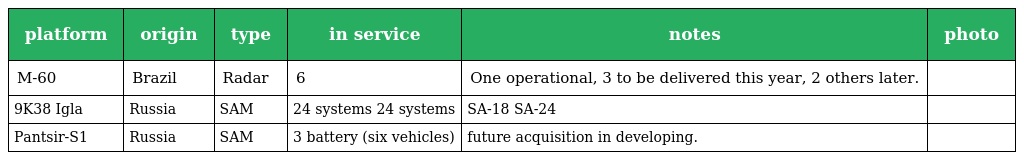
| platform | origin | type | in service | notes | photo |
 | --- | --- | --- | --- | --- | --- |
 | M-60 | Brazil | Radar | 6 | One operational, 3 to be delivered this year, 2 others later. |  |
 | 9K38 Igla | Russia | SAM | 24 systems 24 systems | SA-18 SA-24 |  |
 | Pantsir-S1 | Russia | SAM | 3 battery (six vehicles) | future acquisition in developing. |  |